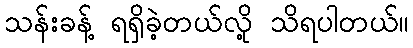
သန်းခန့် ရရှိခဲ့တယ်လို့ သိရပါတယ်။